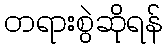
တရားစွဲဆိုရန်